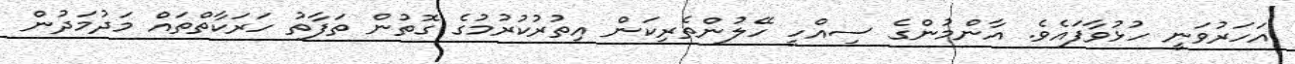
އަހަރުވަނީ ހުޅުވާފައެވެ. އާންމުންގެ ސިއްހީ ހޭލުންތެރިކަން އިތުރުކުރުމުގެ ގޮތުން ތަފާތު ހަރަކާތްތައް މަދުމަދުން